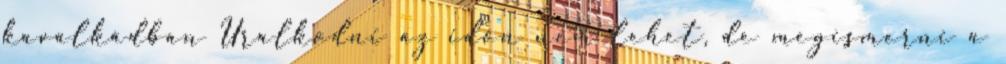
kavalkádban Uralkodni az időn nem lehet, de megismerni a